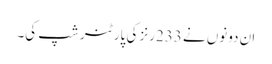
ان دونوں نے 233رنز کی پارٹنر شپ کی۔